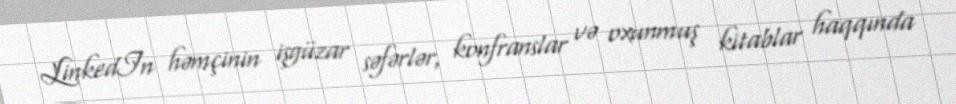
LinkedIn həmçinin işgüzar səfərlər, konfranslar və oxunmuş kitablar haqqında